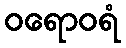
ဝရောဝရံ